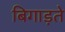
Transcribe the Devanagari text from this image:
बिगाड़ते